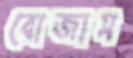
বোজাস